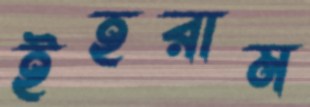
ইহরাম